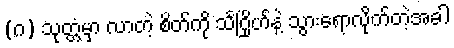
(ဂ) သုတ္တံမှာ လာတဲ့ စိတ်ကို သင်္ဂြိုဟ်နဲ့ သွားရောလိုက်တဲ့အခါ